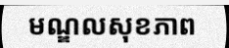
មណ្ឌលសុខភាព